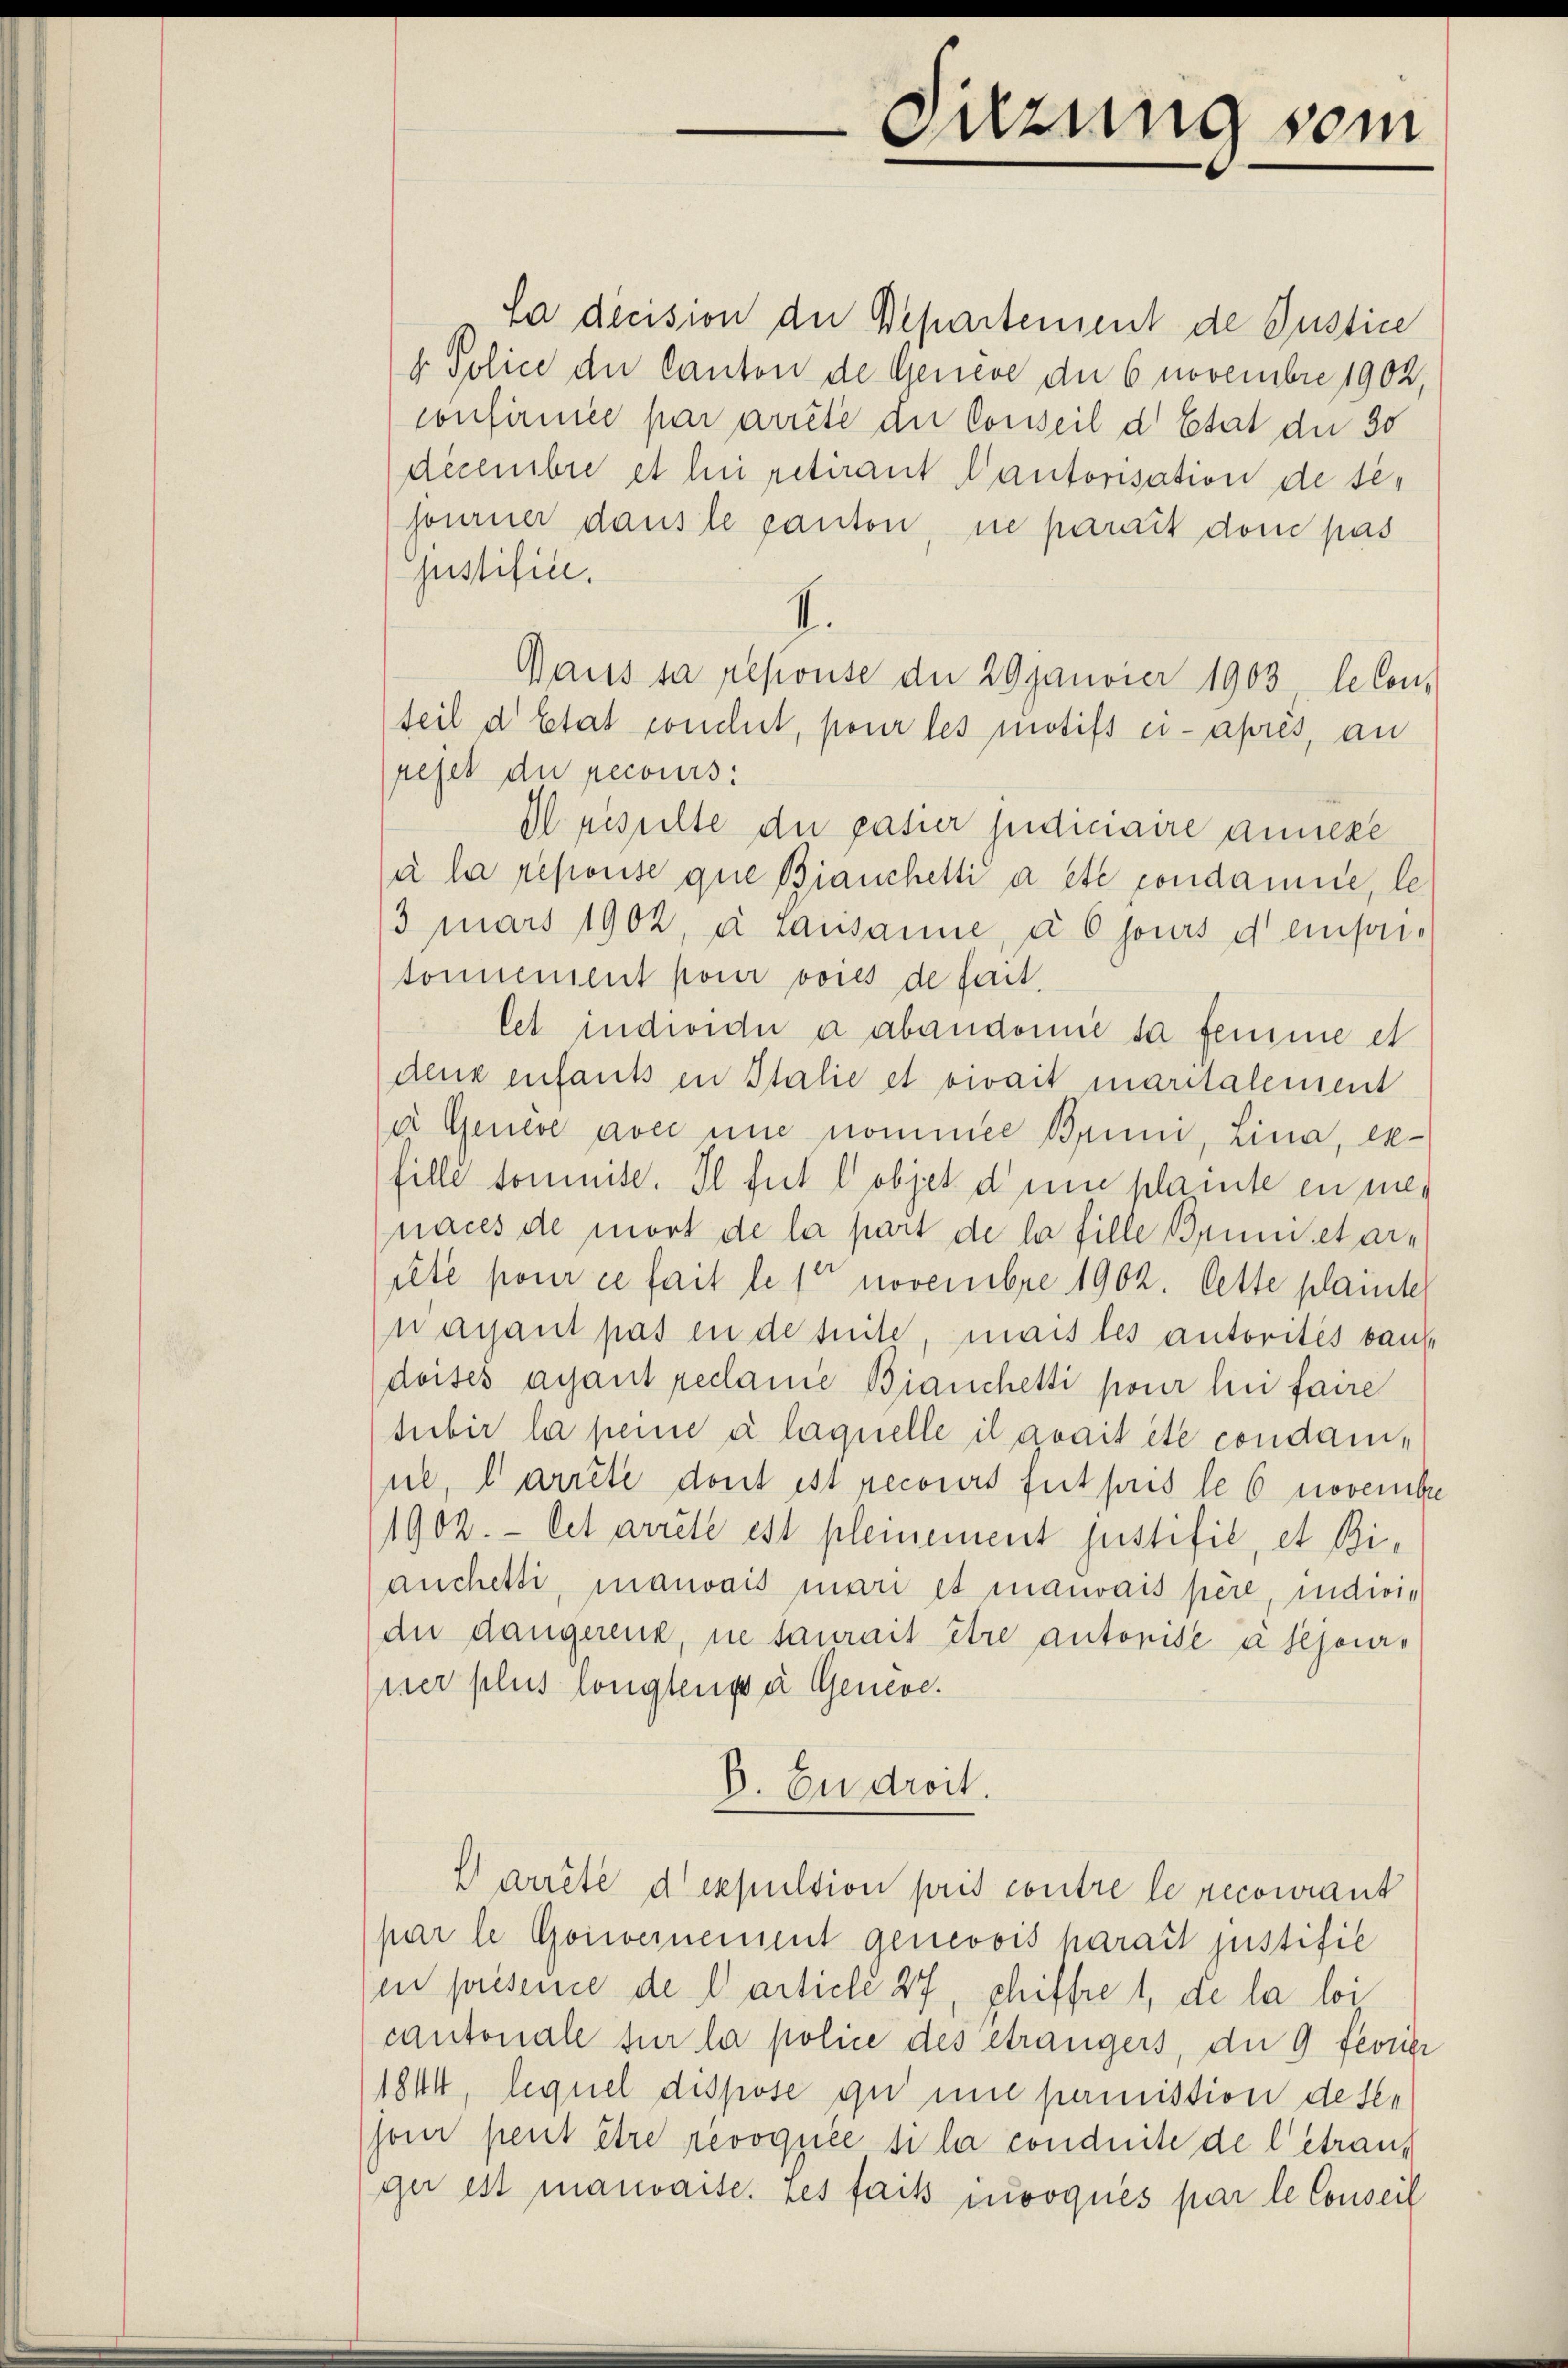
Suzung vom

La decision der Departement de Justice
r Police der Canton de Geneve der 6 novembre 1902,
confirmée par arrête die Conseil d Etat der 30
decembre et bei retirant autorisation de sejourner dans le canton, ne parait dem pas
Justifice.
V.
Gauss sa repouse der 20 Janvier 1903 leben,
teil d’Etat condut, pour les motifs ci-après, an
pejet du recours:
Il resulte der pasier judiciaire annexe
si la repouise que Bianchetti a été condamne, le¬
3 Märs 1902, à Lausanne, à 6 jours d einsotonnement pour voies de lait.
let individu à abandomie sa femme et
deux enfants in Italie et owait maritalement
ir Genève aver eine nommen Bruni, Lina, ex-
fille somite. Il fut lobjet d’une plainte en meg
naces de mort de la part de la fille Brunetarietée pour ce fait le 1 novembre 1902. Cette plante
nacant pas in de suite, mais les autorites baue
doises ayant reclanie Bianchetti pour lui faire
subir la peine à laquelle il avait été condamne, arrête dont ist recours fut puis le 6 novenche
1902. Cet arrete est pleinement justifil, et Bianchetti, mauvais mari et mauvais père, indwie
du dangerenz, ne saurait être autorisé à sejours
ner plus longlenge Geneve¬
D. Eu droit.
Parrêté d’expulsion pris contre le recourant
par le Gouvernement genevois paraît justific
in présence de larticle 27, schiffre 1, de la loi
cantonale für la police des étrangers, die 9 fevrier
1844, lequel dispose qu’une permission deser
hoir peut être révoquée si la conduite de l’étrans
ger est mauvaite, ses fait invoqués par le Conseil